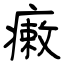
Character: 瘷